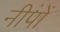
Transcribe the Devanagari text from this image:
नीपों